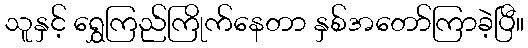
သူနှင့် ရွှေကြည်ကြိုက်နေတာ နှစ်အတော်ကြာခဲ့ပြီ။